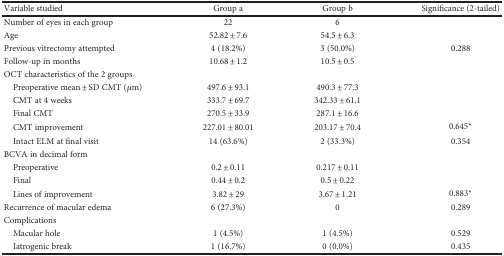
<table><thead><tr><td><b>Variable studied</b></td><td><b>Group a</b></td><td><b>Group b</b></td><td><b>Significance (2-tailed)</b></td></tr></thead><tbody><tr><td>Number of eyes in each group</td><td>22</td><td>6</td><td></td></tr><tr><td>Age</td><td>52.82 ± 7.6</td><td>54.5 ± 6.3</td><td></td></tr><tr><td>Previous vitrectomy attempted</td><td>4 (18.2%)</td><td>3 (50.0%)</td><td>0.288</td></tr><tr><td>Follow-up in months</td><td>10.68 ± 1.2</td><td>10.5 ± 0.5</td><td></td></tr><tr><td>OCT characteristics of the 2 groups</td><td></td><td></td><td></td></tr><tr><td> Preoperative mean ± SD CMT (<i>μ</i>m)</td><td>497.6 ± 93.1</td><td>490.3 ± 77.3</td><td></td></tr><tr><td> CMT at 4 weeks</td><td>333.7 ± 69.7</td><td>342.33 ± 61.1</td><td></td></tr><tr><td> Final CMT</td><td>270.5 ± 33.9</td><td>287.1 ± 16.6</td><td></td></tr><tr><td> CMT improvement</td><td>227.01 ± 80.01</td><td>203.17 ± 70.4</td><td>0.645<sup>∗</sup></td></tr><tr><td> Intact ELM at final visit</td><td>14 (63.6%)</td><td>2 (33.3%)</td><td>0.354</td></tr><tr><td>BCVA in decimal form</td><td></td><td></td><td></td></tr><tr><td> Preoperative</td><td>0.2 ± 0.11</td><td>0.217 ± 0.11</td><td></td></tr><tr><td> Final</td><td>0.44 ± 0.2</td><td>0.5 ± 0.22</td><td></td></tr><tr><td> Lines of improvement</td><td>3.82 ± 29</td><td>3.67 ± 1.21</td><td>0.883<sup>∗</sup></td></tr><tr><td>Recurrence of macular edema</td><td>6 (27.3%)</td><td>0</td><td>0.289</td></tr><tr><td>Complications</td><td></td><td></td><td></td></tr><tr><td> Macular hole</td><td>1 (4.5%)</td><td>1 (4.5%)</td><td>0.529</td></tr><tr><td> Iatrogenic break</td><td>1 (16.7%)</td><td>0 (0.0%)</td><td>0.435</td></tr></tbody></table>